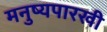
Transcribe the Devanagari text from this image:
मनुष्यपारखी